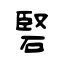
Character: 硻